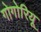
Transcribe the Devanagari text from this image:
गोगोरियू